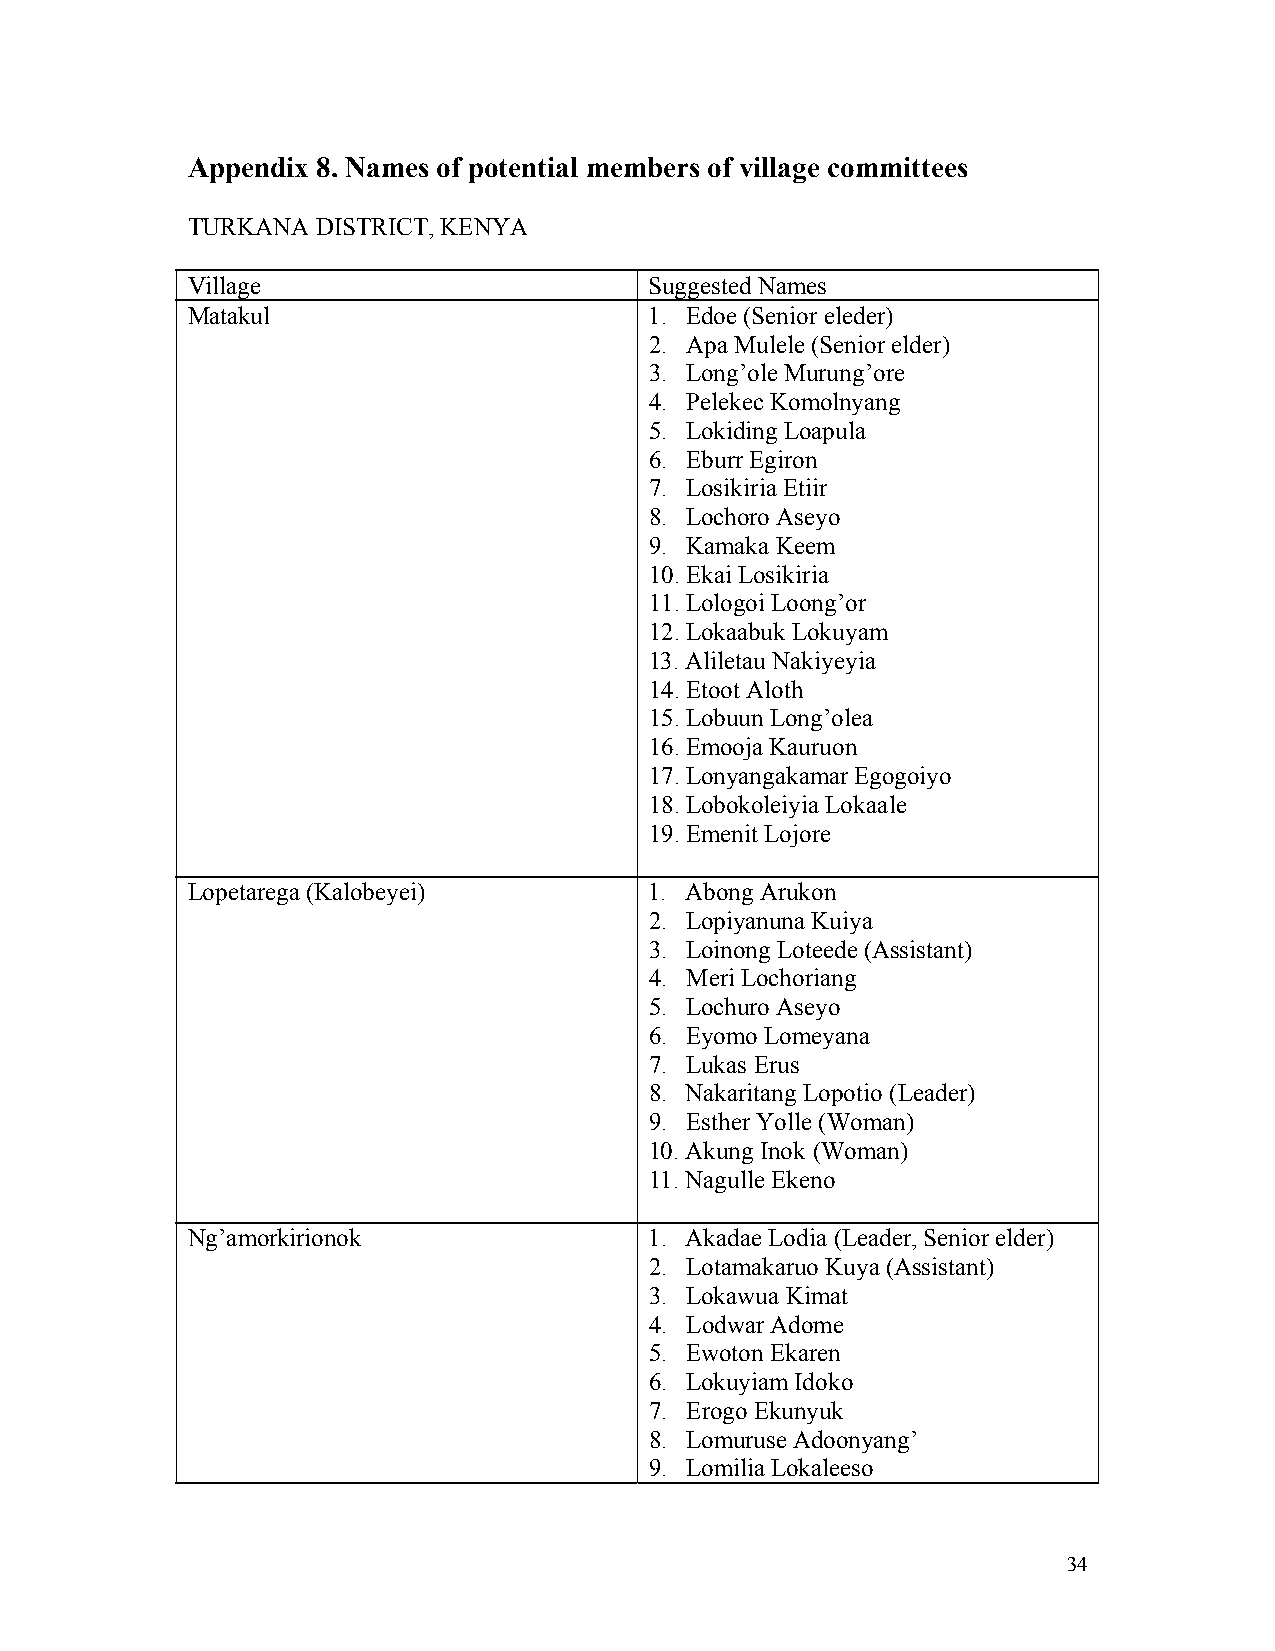
Appendix 8. Names of potential members of village committees
 TURKANA  DISTRICT, KENYA
 Village                        Suggested Names
 Matakul                        1. Edoe (Senior eleder)
 2. Apa Mulele (Senior elder)
 3. Long’ole Murung’ore
 4. Pelekec Komolnyang
 5. Lokiding Loapula
 6. Eburr Egiron
 7. Losikiria Etiir
 8. Lochoro Aseyo
 9. Kamaka Keem
 10. Ekai Losikiria
 11. Lologoi Loong’or
 12. Lokaabuk Lokuyam
 13. Aliletau Nakiyeyia
 14. Etoot Aloth
 15. Lobuun Long’olea
 16. Emooja Kauruon
 17. Lonyangakamar Egogoiyo
 18. Lobokoleiyia Lokaale
 19. Emenit Lojore
 Lopetarega (Kalobeyei)         1. Abong Arukon
 2. Lopiyanuna Kuiya
 3. Loinong Loteede (Assistant)
 4. Meri Lochoriang
 5. Lochuro Aseyo
 6. Eyomo Lomeyana
 7. Lukas Erus
 8. Nakaritang Lopotio (Leader)
 9. Esther Yolle (Woman)
 10. Akung Inok (Woman)
 11. Nagulle Ekeno
 Ng’amorkirionok                1. Akadae Lodia (Leader, Senior elder)
 2. Lotamakaruo Kuya (Assistant)
 3. Lokawua Kimat
 4. Lodwar Adome
 5. Ewoton Ekaren
 6. Lokuyiam Idoko
 7. Erogo Ekunyuk
 8. Lomuruse Adoonyang’
 9. Lomilia Lokaleeso
 34